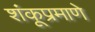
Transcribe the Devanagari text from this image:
शंकूप्रमाणे